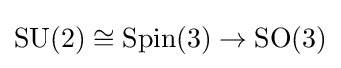
\operatorname {SU} (2)\cong \operatorname {Spin} (3)\rightarrow \operatorname {SO} (3)